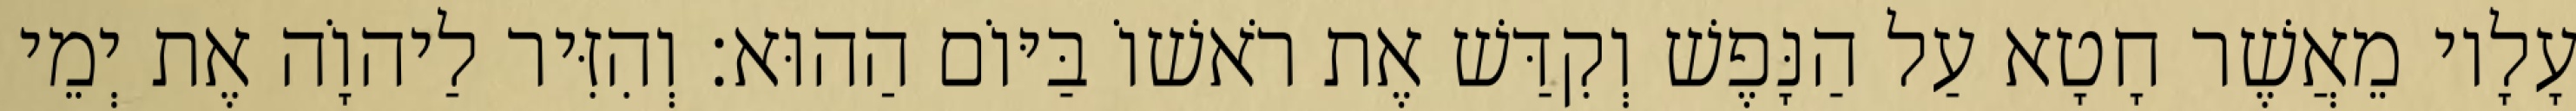
עָלָיו מֵאֲשֶׁר חָטָא עַל הַנָּפֶשׁ וְקִדַּשׁ אֶת רֹאשׁוֹ בַּיּוֹם הַהוּא׃ וְהִזִּיר לַיהוָֹה אֶת יְמֵי